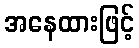
အနေထားဖြင့်